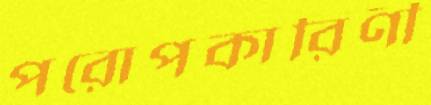
পরোপকারিণী